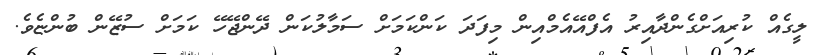
ލީގެއް ކުރިއަށްގެންދާއިރު އެފްއޭއެމްއިން މިފަދަ ކަންކަމަށް ސަމާލުކަން ދޭންޖޭހޭ ކަމަށް ސުޒޭން ބުންޏެވެ.